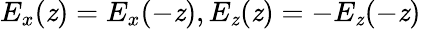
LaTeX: E_{x}(\mathit{z})=E_{x}(-\mathit{z}),E_{\mathit{z}}(\mathit{z})=-E_{\mathit{z}}(-\mathit{z})